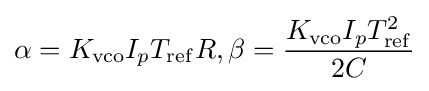
\alpha =K_{\rm {vco}}I_{p}T_{\rm {ref}}R,\beta ={\frac {K_{\rm {vco}}I_{p}T_{\rm {ref}}^{2}}{2C}}